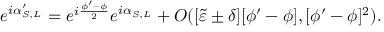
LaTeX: e ^ { i \alpha _ { S , L } ^ { \prime } } = e ^ { i \frac { \phi ^ { \prime } - \phi } { 2 } } e ^ { i \alpha _ { S , L } } + O ( [ \tilde { \varepsilon } \pm \delta ] [ \phi ^ { \prime } - \phi ] , [ \phi ^ { \prime } - \phi ] ^ { 2 } ) .